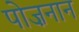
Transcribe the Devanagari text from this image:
पोज़नान